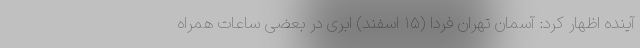
آینده اظهار کرد: آسمان تهران فردا (۱۵ اسفند) ابری در بعضی ساعات همراه